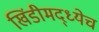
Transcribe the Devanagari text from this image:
खिंडीमद्ध्येच